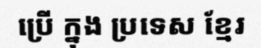
ប្រើ ក្នុង ប្រទេស ខ្មែរ